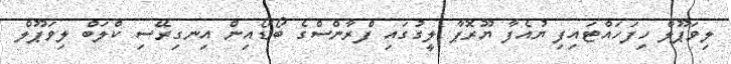
ލިވަޕޫލް ހިފަހައްޓައިފި ޔުއެފާ ޔޫރޮޕާ ލީގުގައި ފްރާންސްގެ ބޯޑޯއިން އިނގިރޭސި ކްލަބް ލިވަޕޫލް